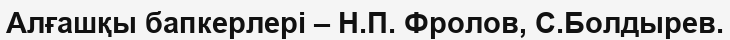
Алғашқы бапкерлері – Н.П. Фролов, С.Болдырев.